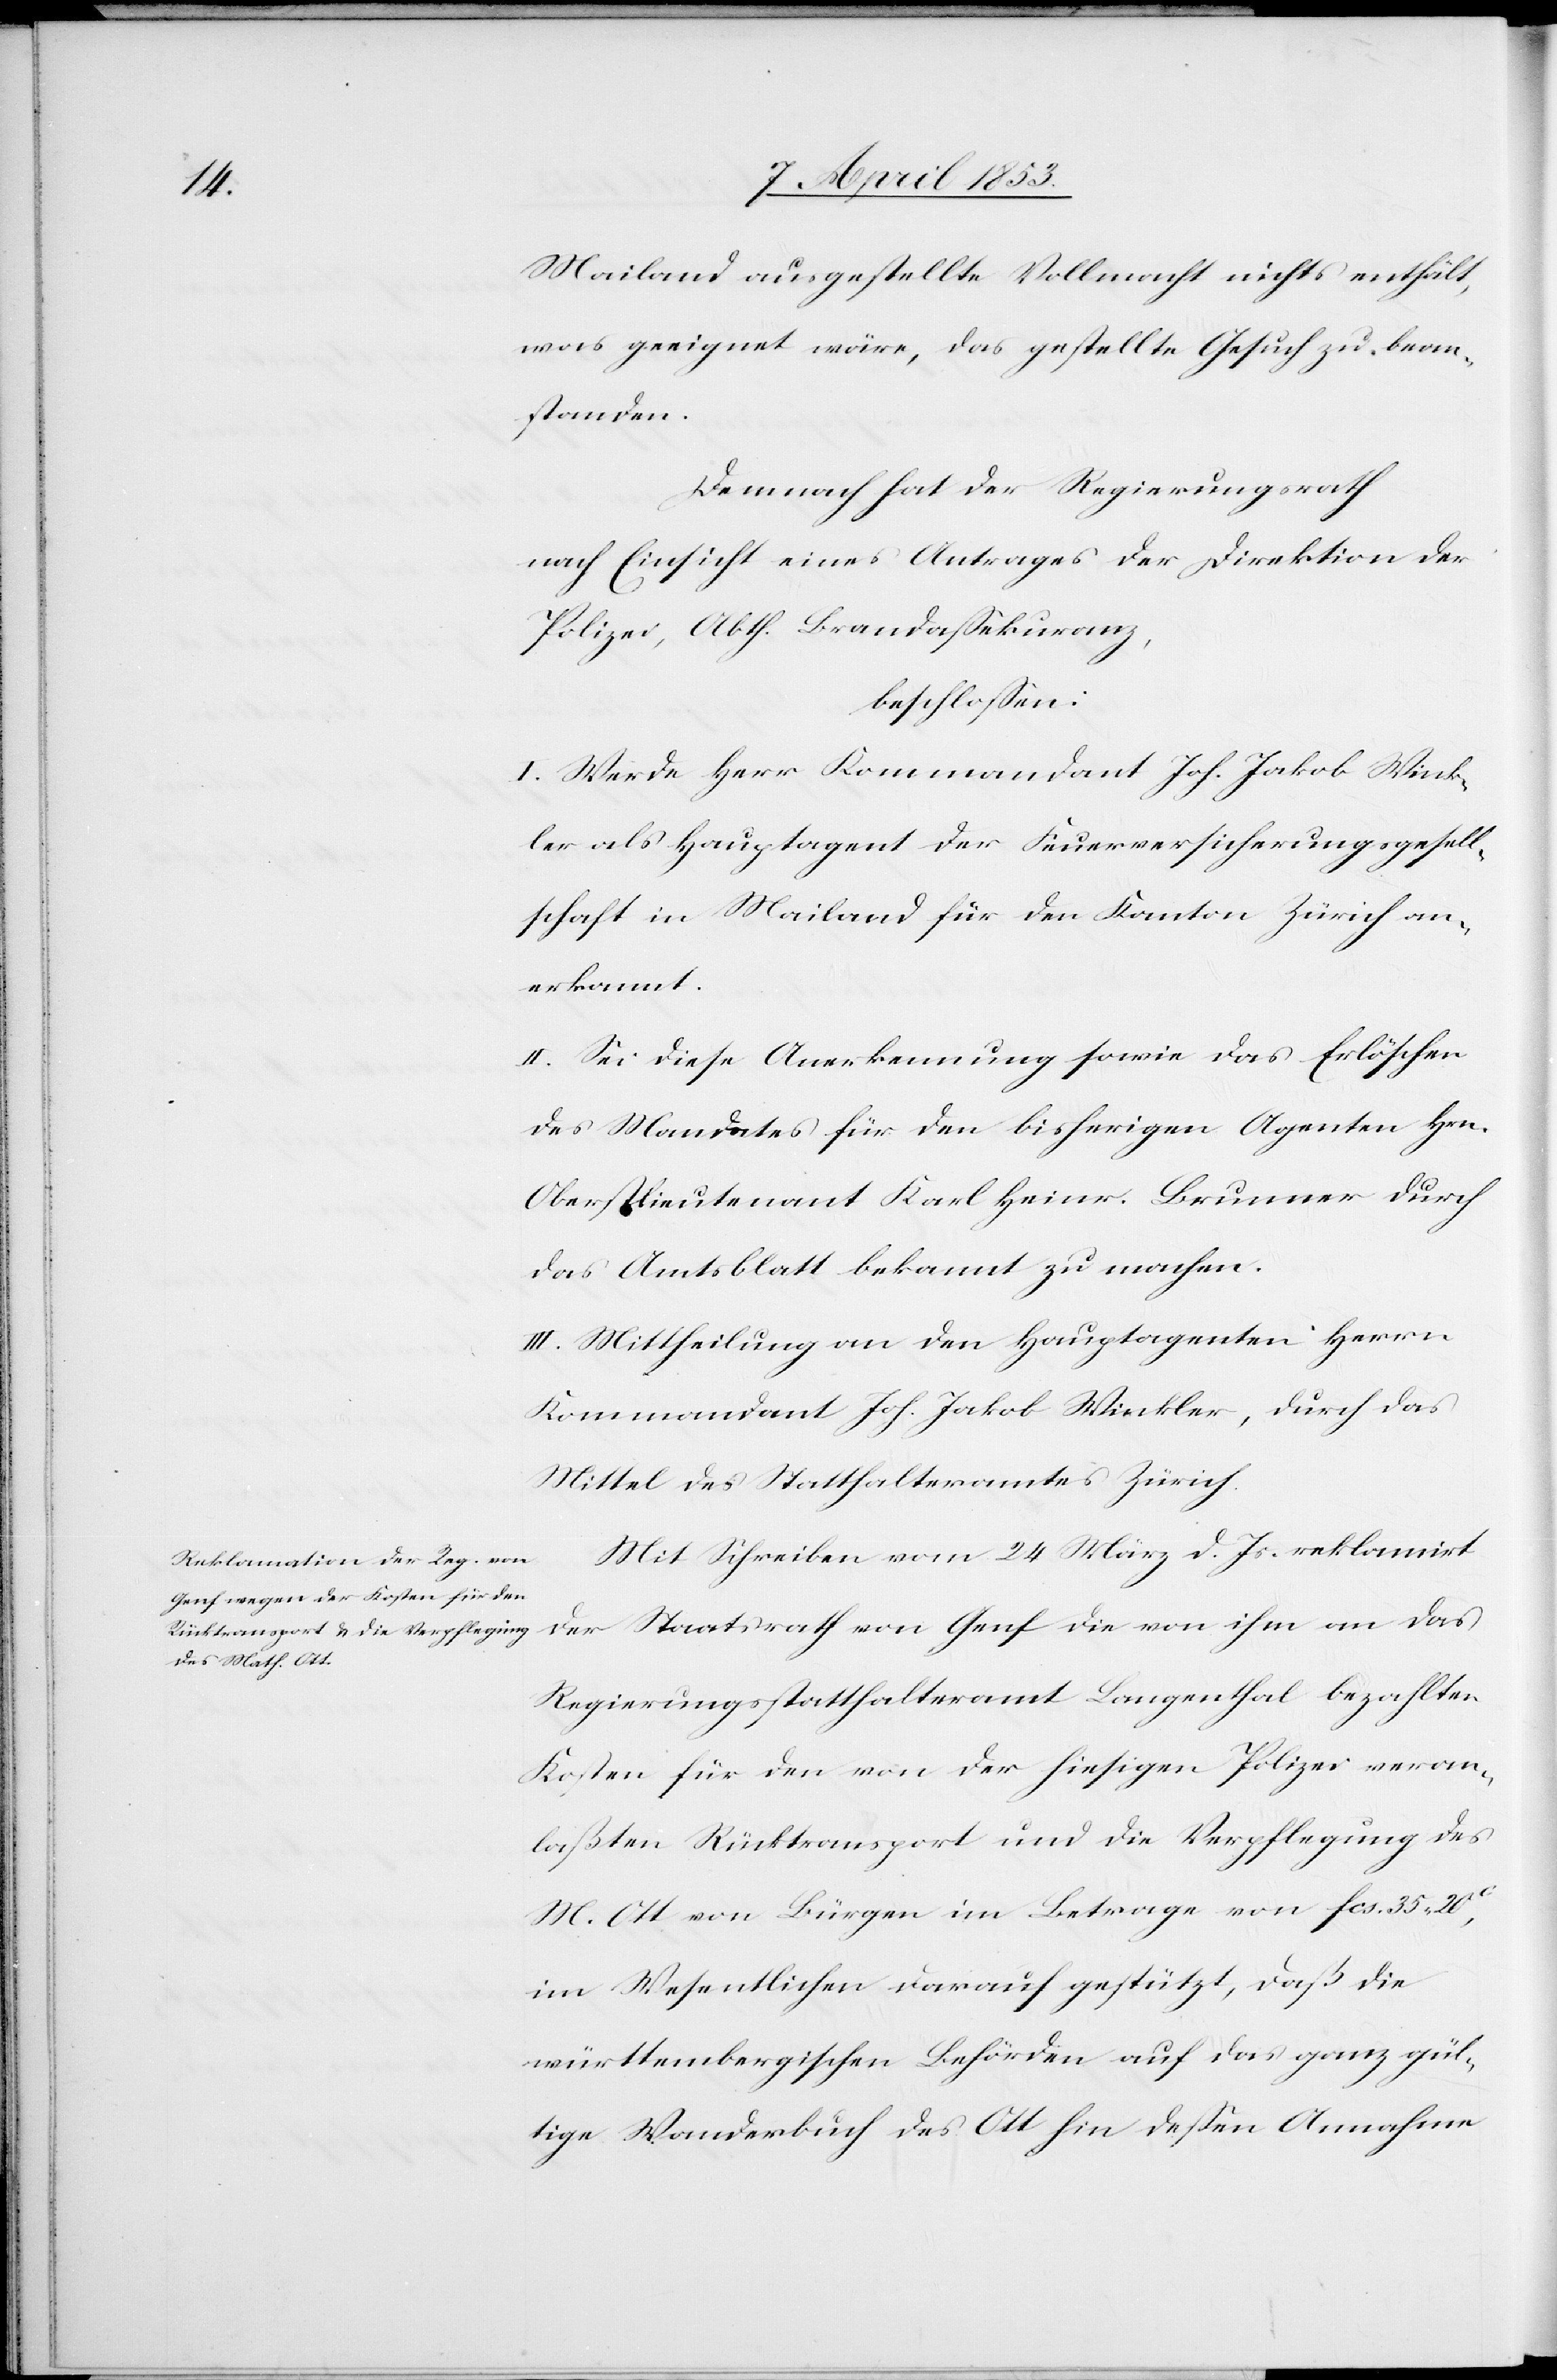
Mailand ausgestellte Vollmacht nichts enthält,
was geeignet wäre, das gestellte Gesuch zu bean¬
standen.
Demnach hat der Regierungsrath
nach Einsicht eines Antrages der Direktion der
beschloßen:
I. Werde Herr Kommandant Joh. Jak. Wink¬
ler als Hauptagent der Feuerversicherungsgesell¬
schaft in Mailand für den Kanton Zürich an¬
erkannt.
II. Sei diese Anerkennung sowie das Erlöschen
des Mandates für den bisherigen Agenten Hrn.
Oberstlieutnant Karl Heinr. Brunner durch
das Amtsblatt bekannt zu machen.
III. Mittheilung an den Hauptagenten Herrn
Kommandant Joh. Jakob Winkler, durch das
Mittel des Statthalteramtes Zürich.
Mit Schreiben vom 24 März d. Js. reklamirt
der Staatsrath von Genf die von ihm an das
Regierungsstatthalteramt Langenthal bezahlten
Kosten für den von der hiesigen Polizei veran¬
laßten Rücktransport und die Verpflegung des
M. Ott von Bürgen im Betrage von fcs. 35. 20c,
im Wesentlichen darauf gestützt, daß die
württembergischen Behörden auf das ganz gül¬
tige Wanderbuch des Ott hin deßen Annahme